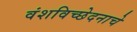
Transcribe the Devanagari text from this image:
वंशविच्छेदनाचे